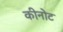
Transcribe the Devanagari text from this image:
कीनोट